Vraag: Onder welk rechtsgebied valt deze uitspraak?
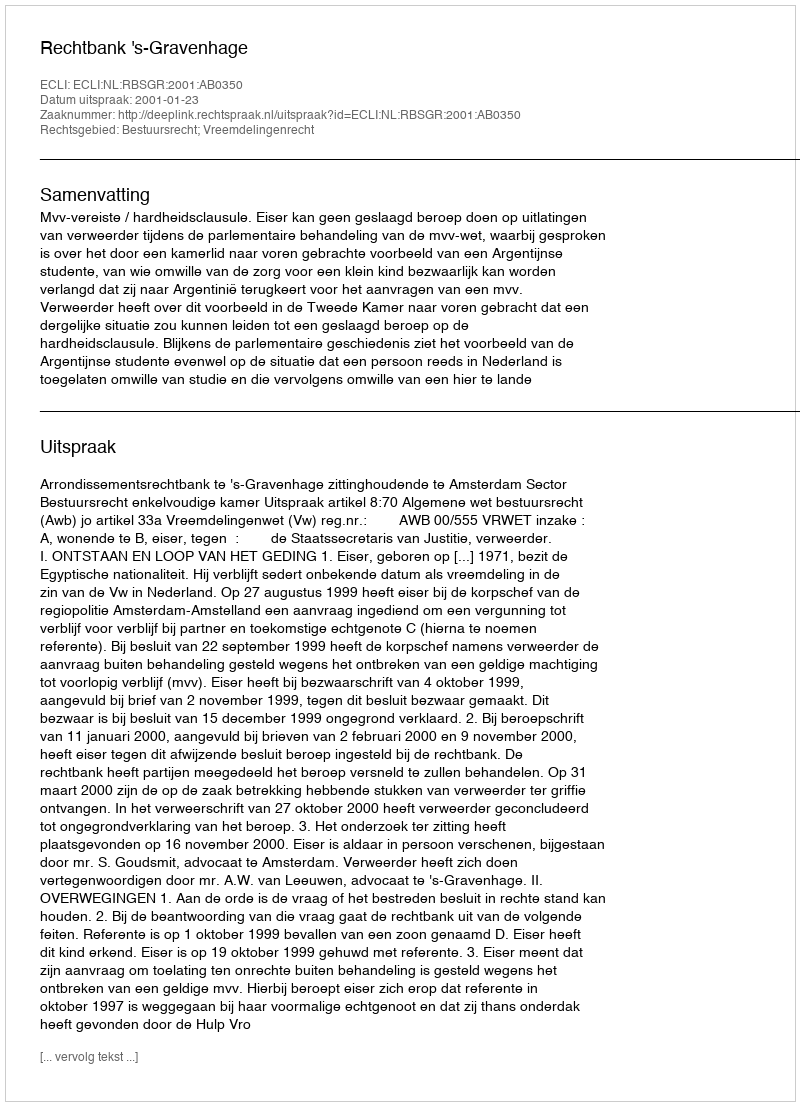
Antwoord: Bestuursrecht; Vreemdelingenrecht